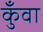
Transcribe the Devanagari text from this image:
कुँवा